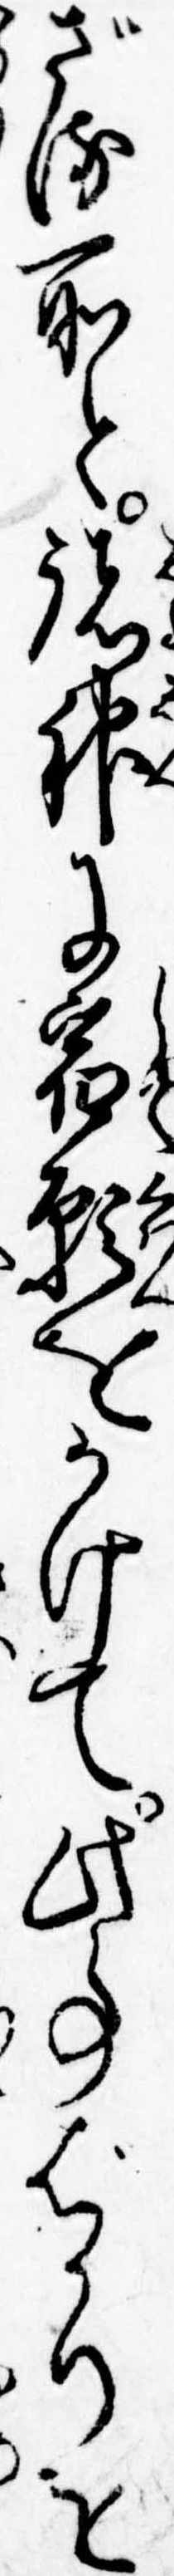
ざる所と諸神に宿願をかけて此事ばかりを